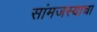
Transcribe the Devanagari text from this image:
सांमजस्याचा